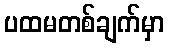
ပထမတစ်ချက်မှာ